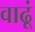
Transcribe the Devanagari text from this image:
वाढूं